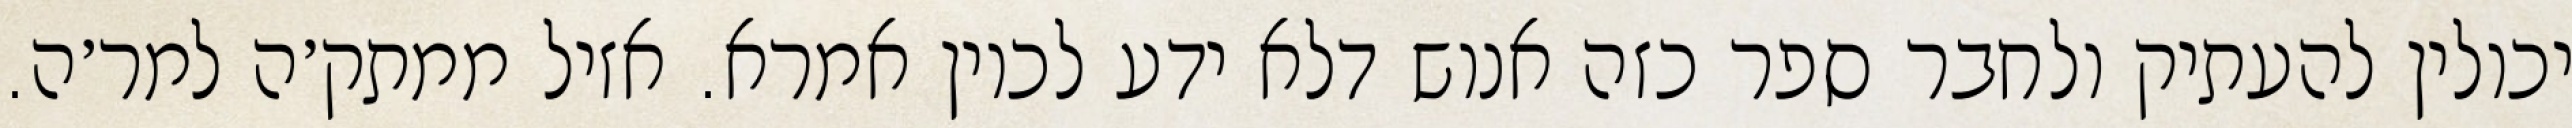
יכולין להעתיק ולחבר ספר כזה אנוש דלא ידע לכוין אמרא. אזיל ממתק׳ה למר׳ה.